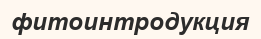
фитоинтродукция